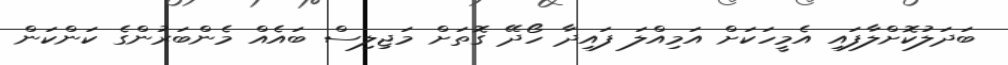
ބަދަލުކޮށްލާފައި އެމީހަކަށް އަމިއްލަ ފައިދާ ހޯދޭ ގޮތަށް މަޖިލިސް ބައެއް މެންބަރުންގެ ކަންކަން